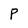
Character: P